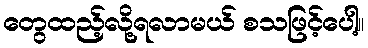
တွေထည့်လို့ရလာမယ် စသဖြင့်ပေါ့။